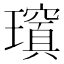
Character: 𱯺